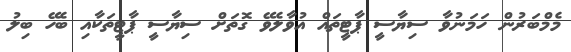
މެމްބަރުން ހަމަނުވާ ސިޔާސީ ޕާޓީތައް އުވާލެވޭ ގޮތަށް ސިޔާސީ ޕާޓީތަކާއި ބެހޭ ބިލު